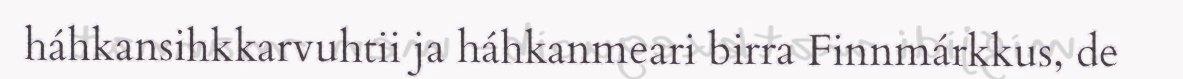
háhkansihkkarvuhtii ja háhkanmeari birra Finnmárkkus, de